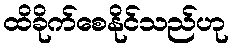
ထိခိုက်စေနိုင်သည်ဟု